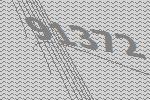
91372